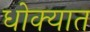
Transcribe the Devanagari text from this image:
धोक्‍यात